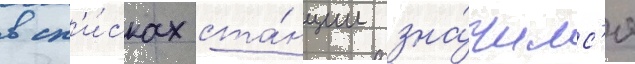
в сп'и́сках ста́нции зна́чилс'я